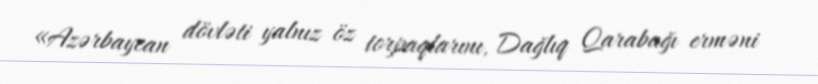
«Azərbaycan dövləti yalnız öz torpaqlarını, Dağlıq Qarabağı erməni